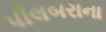
પીલબરાના